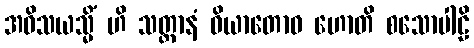
အဝိသယသ္မိံ ဟိ သတ္တာနံ ဝိယာတောဝ ဟောတိ စသောပါဠိ